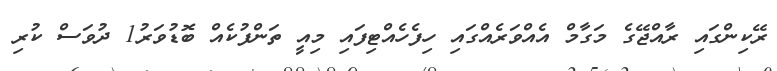
ރޭކިންގައި ރާއްޖޭގެ މަގާމް އެއްވަރެއްގައި ހިފެހެއްޓިފައި މިއީ ތަންފުކެއް ބޮޑުވަރު1 ދުވަސް ކުރި